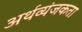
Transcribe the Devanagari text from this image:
अर्थव्यंजकता